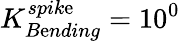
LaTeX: K_{B\mathrm{e}nding}^{spik\mathrm{e}}=10^{0}